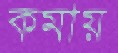
কমায়